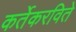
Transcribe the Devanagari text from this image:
कर्तेकरविते